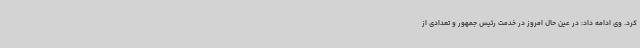
کرد. وی ادامه داد: در عین حال امروز در خدمت رئیس جمهور و تعدادی از